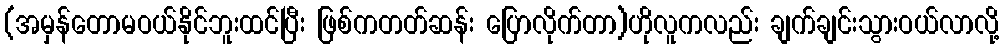
(အမှန်တောမဝယ်နိုင်ဘူးထင်ပြီး ဖြစ်ကတတ်ဆန်း ပြောလိုက်တာ)ဟိုလူကလည်း ချက်ချင်းသွားဝယ်လာလို့